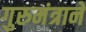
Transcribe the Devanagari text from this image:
गुरुमंत्राने